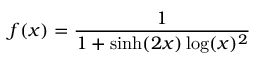
f ( x ) = { \frac { 1 } { 1 + \sinh ( 2 x ) \log ( x ) ^ { 2 } } }